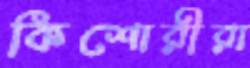
কিশোরীরা